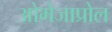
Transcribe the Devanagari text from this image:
ओमेजाप्रोल